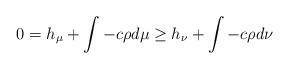
LaTeX: \begin{align*}0=h_\mu + \int-c\rho d\mu \geq h_\nu + \int-c\rho d\nu\end{align*}